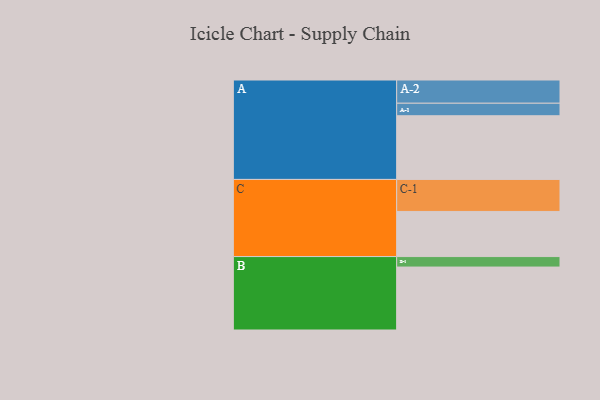
{"axis": {"x": "Segment", "y": "Value"}, "legend": ["", "A", "B", "C"], "data": [{"x": "A", "y": 529, "type": ""}, {"x": "B", "y": 523, "type": ""}, {"x": "C", "y": 375, "type": ""}, {"x": "A-1", "y": 104, "type": "A"}, {"x": "A-2", "y": 193, "type": "A"}, {"x": "B-1", "y": 87, "type": "B"}, {"x": "C-1", "y": 266, "type": "C"}]}